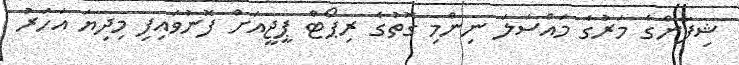
ޝިފާންގެ މަރުގެ މައްސަލަ ނިންމި ގޮތުގެ ރިޕޯޓް ޕީޖީއަށް ފޮނުވައިފި މިދިޔަ އަހަރު